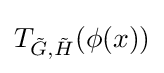
T_{{\tilde {G}},{\tilde {H}}}(\phi (x))